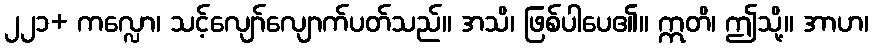
၂၂၁+ ကလ္လော၊ သင့်လျော်လျောက်ပတ်သည်။ အသိ၊ ဖြစ်ပါပေ၏။ ဣတိ၊ ဤသို့။ အာဟ၊